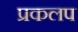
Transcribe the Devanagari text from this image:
प्रकलप